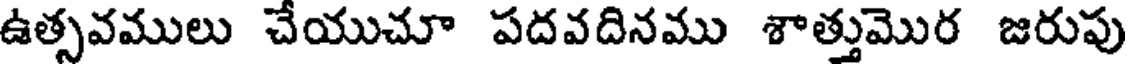
ఉత్సవములు చేయుచూ పదవదినము శాత్తుమొర జరుపు